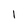
Character: l